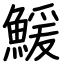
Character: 鰀